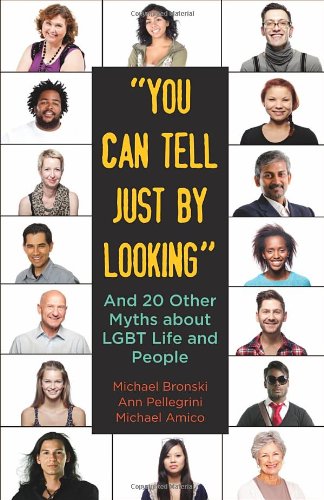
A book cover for "You Can Tell Just By Looking": And 20 Other Myths about LGBT Life and People (Queer Ideas/Queer Action); Michael Bronski; Gay & Lesbian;